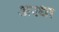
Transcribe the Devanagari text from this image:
अरधा